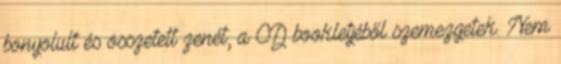
bonyolult és összetett zenét, a CD bookletjéből szemezgetek. Nem